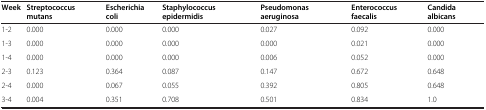
| Week | Streptococcus mutans | Escherichia coli | Staphylococcus epidermidis | Pseudomonas aeruginosa | Enterococcus faecalis | Candida albicans |
 | --- | --- | --- | --- | --- | --- | --- |
 | 1-2 | 0.000 | 0.000 | 0.000 | 0.027 | 0.092 | 0.000 |
 | 1-3 | 0.000 | 0.000 | 0.000 | 0.000 | 0.021 | 0.000 |
 | 1-4 | 0.000 | 0.000 | 0.000 | 0.006 | 0.052 | 0.000 |
 | 2-3 | 0.123 | 0.364 | 0.087 | 0.147 | 0.672 | 0.648 |
 | 2-4 | 0.000 | 0.067 | 0.055 | 0.392 | 0.805 | 0.648 |
 | 3-4 | 0.004 | 0.351 | 0.708 | 0.501 | 0.834 | 1.0 |